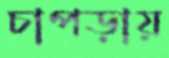
চাপড়ায়